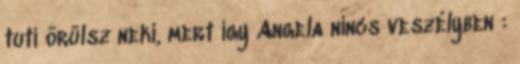
tuti örülsz neki, mert így Angela nincs veszélyben :